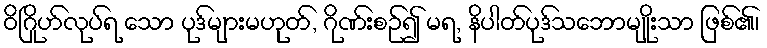
ဝိဂြိုဟ်လုပ်ရ သော ပုဒ်များမဟုတ်, ဂိုဏ်းစဉ်၍ မရ, နိပါတ်ပုဒ်သဘောမျိုးသာ ဖြစ်၏၊